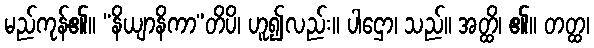
မည်ကုန်၏။ “နိယျာနိကာ”တိပိ၊ ဟူ၍လည်း။ ပါဌော၊ သည်။ အတ္ထိ၊ ၏။ တတ္ထ၊